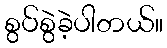
စွပ်စွဲခဲ့ပါတယ်။